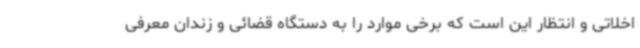
اخلاتی و انتظار این است که برخی موارد را به دستگاه قضائی و زندان معرفی